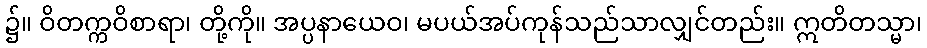
၌။ ဝိတက္ကဝိစာရာ၊ တို့ကို။ အပ္ပနာယေဝ၊ မပယ်အပ်ကုန်သည်သာလျှင်တည်း။ ဣတိတသ္မာ၊